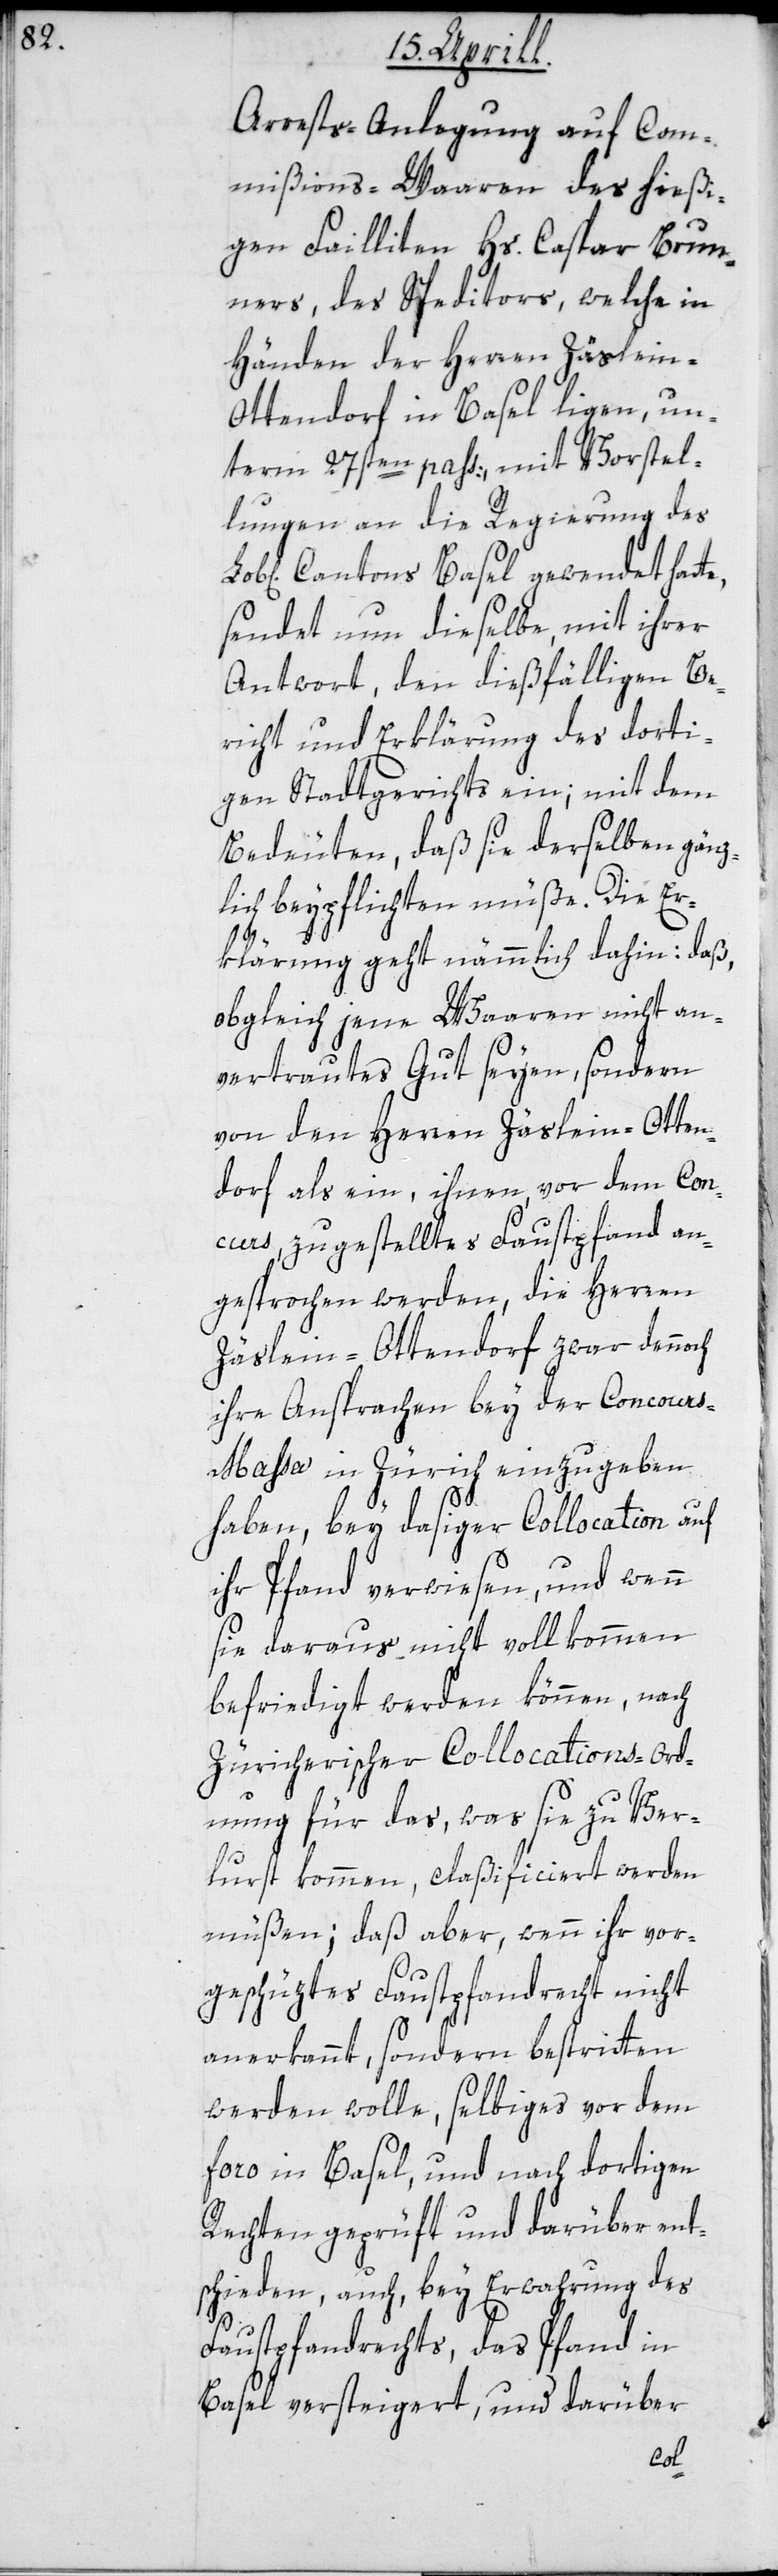
Arrests-Anlegung auf Com¬
mißions-Waaren des hießi¬
gen Failliten Hs. Caspar Brun¬
ners, des Speditors, welche in
Händen des Herren Zäslein-O¬
ttendorf in Basel liegen, un¬
term 27sten pass., mit Vorstel¬
lungen an die Regierung des
Cantons Basel gewendet hatte,
sendet nun dieselbe, mit ihrer
Antwort, den dießfälligen Be¬
richt und Erklärung des dorti¬
gen Stadtgerichts ein; mit dem
Bedeuten, daß sie derselben gänz¬
lich beypflichten müße. Die Er¬
klärung geht nämmlich dahin: daß,
obgleich jene Waaren nicht an¬
vertrautes Gut seyen, sondern
von den Herren Zäslein-Otten¬
dorf als ein, ihnen vor dem Con¬
curs zugestelltes Faustpfand an¬
gesprochen werden, die Herren
Zäslein-Ottendorf zwar dennoch
ihre Ansprachen bey der Concours-M¬
assa in Zürich einzugeben
haben, bey dasiger Collocation auf
ihr Pfand verwiesen, und wenn
sie daraus nicht vollkommen
befriedigt werden können, nach
Züricherischer Collocations-Ord¬
nung für das, was sie zu Ver¬
lurst kommen, claßificiert werden
müßen; daß aber, wenn ihr vor¬
geschüztes Faustpfandrecht nicht
anerkannt, sondern bestritten
werden wolle, selbiges vor dem
foro in Basel, und nach dortigen
Rechten geprüft und darüber ent¬
schieden, auch, bey Erwahrung des
Faustpfandrechts, das Pfand in
Basel versteigert, und darüber